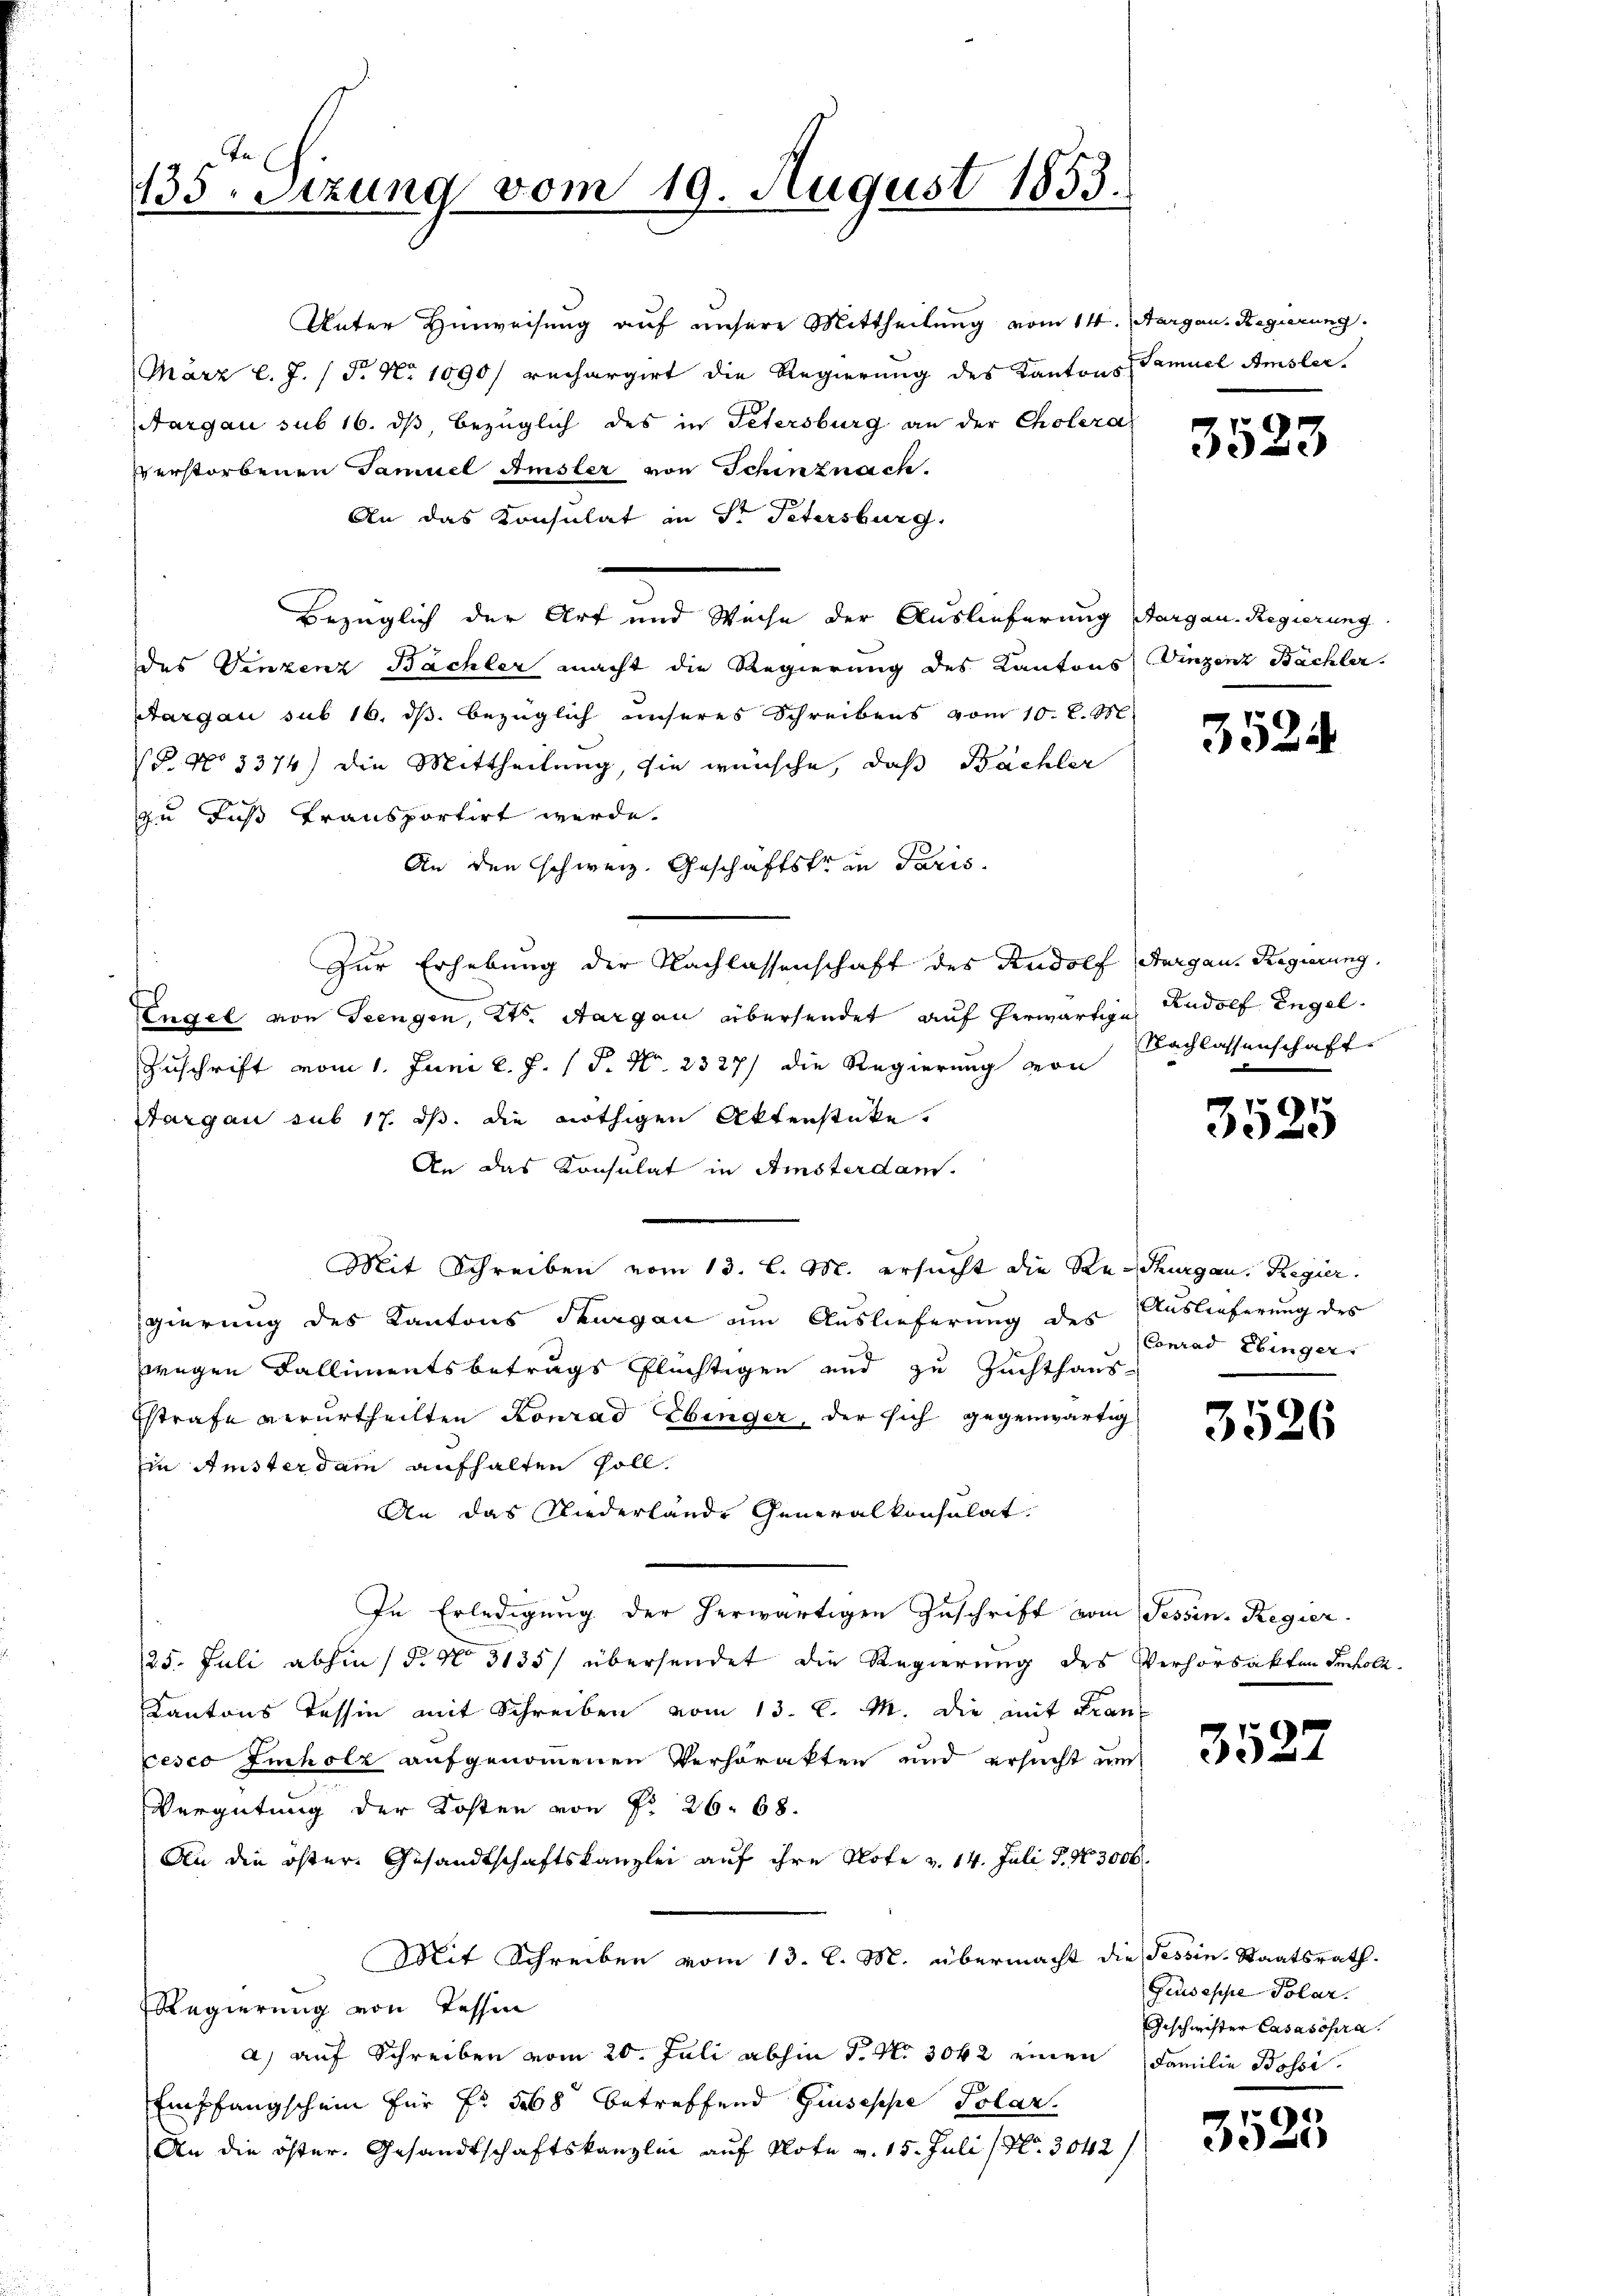
135. Sitzung vom 19. August 1853.

Unter Hinweisung auf unsere Mittheilung vom 14. Aargau, Regierung.
März l. J. (T. No 1090/ rechargirt die Regierung des Kantons Samuel Amsler.
Aargau sub 16. dβ, bezüglich des in Petersburg an der Cholera
verstorbenen Samuel Amsler von Schinznach
An das Konsulat in Sr Petersburg,
Bezüglich der Art und Weise der Auslieferung Aargau. Regierung
des Vinzenz Bächler macht die Regierung des Kantons Vinzenz Bächler.
Aargau sub 16. ds. bezüglich unseres Schreibens vom 10. d. M.
P. No 1374) die Mittheilung, sie wünsche, daß Bächler
zu Fuß transportirt werde.
An den schweiz. Geschäftstrin Paris.
Zur Erhebung der Nachlassenschaft des Rudolf Aargau. Regierung.
Engel von Seengen, Kts. Aargau übersendet auf herwärtige Rudolf Engel¬
Zuschrift vom 1. Juni l. J. P. Nr. 2327) die Regierung von
Aargau sub 17. ds. die nöthigen Aktenstücke.
An das Konsulat in Amsterdam.
Mit Schreiben vom 13. l. M. ersucht die Re-Thurgau, Regier
gierung des Kantons demgen um Auslieferung des Auslieferung des
wegen Fallimentsbetrags flüchtigen und zu Zuchthaus-
Estrafe verurtheilten Konrad Ebinger, der sich gegenwärtig
Ein Amsterdam aufhalten soll.
An das Niederlände Generalkonsulat
In Erledigung der herwärtigen Zuschrift vom Tessin. Regier
25. Juli abhin (§. N. 3185/ übersendet die Regierung des Verhorsakten Sokoll.
Kantons Tessin mit Schreiben vom 13. l. M. die mit Francesco Imholz aufgenommenen Verhörakten und ersucht um
Vergütung der Kosten von Fr. 26. 68.
An die öster. Gesandtschaftskanzlei aŭf ihre Note u. 14. Juli P. Nr. 3000.
Mit Schreiben vom 13. l. M. übermacht die Tessin-Staatsrath.
Regierung von Tessin
a) auf Schreiben vom 20. Juli abhin P. N. 3042 einen Familie Bossi
Empfangschein für Fr. 568 betreffend Gisische Polar
An die öster. Gesandtschaftskanzlin auf Klote v. 15. Juli / No. 3042/

35.

3

352.

Nachlassenschaft

9
e

Conrad Ebinger

3526

3527

Giuseppe Polar.
Geschwister Casasopra

3525